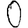
Digit: 0